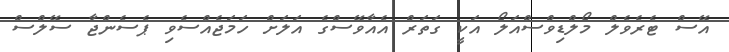
އޭސް ޓެރެވެލް މޯލްޑިވްސްއަލޯ އަކީ ގަތަރް އެއާވޭސްގެ އަލަށް ހަމަޖެއްސެވި ޕެސެންޖާ ސޭލްސް